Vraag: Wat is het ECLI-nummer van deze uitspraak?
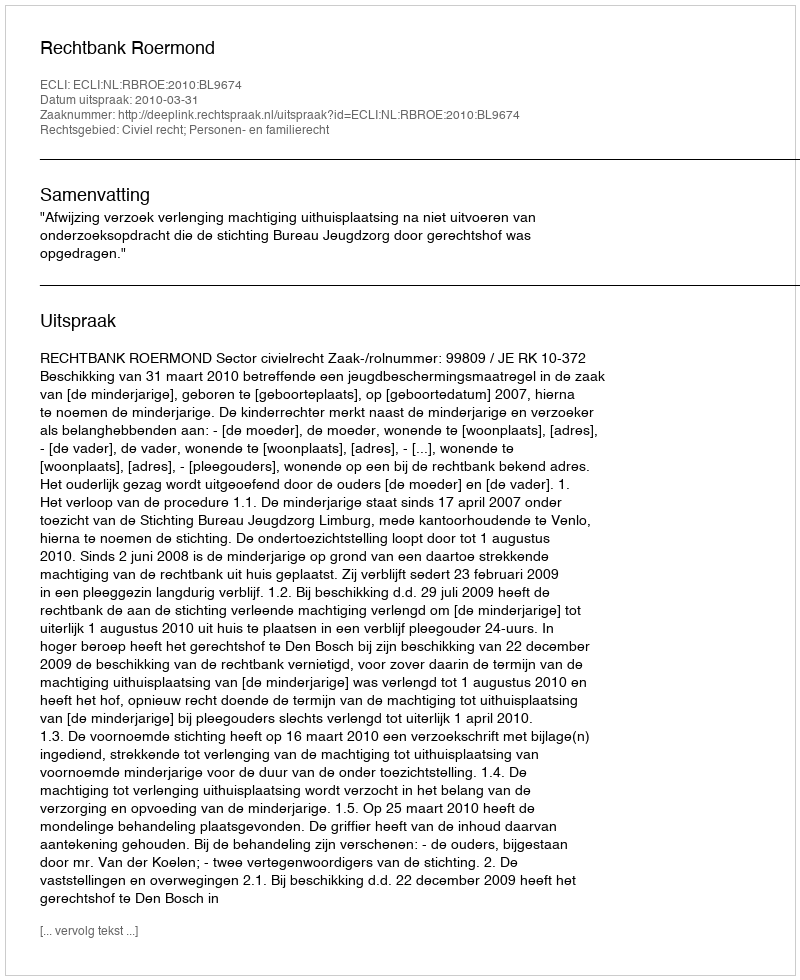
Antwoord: ECLI:NL:RBROE:2010:BL9674